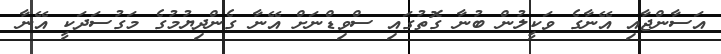
އަސާންޖާއި އޭނާގެ ވަކީލުން ބުނާ ގޮތުގައި ސްވިޑްނަށް އޭނާ ގެންދިޔުމުގެ މަގުސަދަކީ އޭނާ